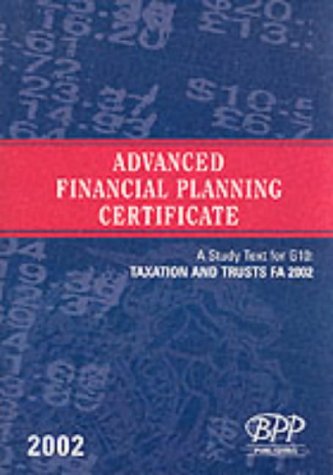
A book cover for Advanced Financial Planning Certificate - G10: Taxation and Trusts Fa 2001: Study Text (2002); BPP; Business & Money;